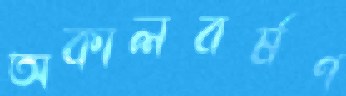
অকালবর্ষণ